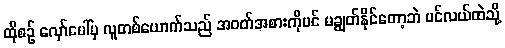
ထိုစဉ် လှော်ပေါ်မှ လူတစ်ယောက်သည် အဝတ်အစားကိုပင် မချွတ်နိုင်တော့ဘဲ ပင်လယ်ထဲသို့